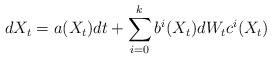
LaTeX: \begin{align*}dX_t=a(X_t)dt+ \sum\limits_{i=0}^k b^i(X_t)dW_tc^i(X_t)\end{align*}